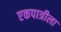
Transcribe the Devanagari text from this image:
एकपात्रीला